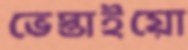
ভেস্তাইয়ো